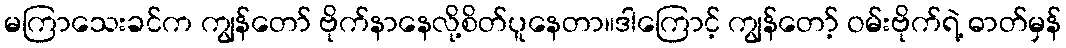
မကြာသေးခင်က ကျွန်တော် ဗိုက်နာနေလို့စိတ်ပူနေတာ။ဒါကြောင့် ကျွန်တော့် ဝမ်းဗိုက်ရဲ့ ဓာတ်မှန်